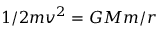
1 / 2 m v ^ { 2 } = G M m / r